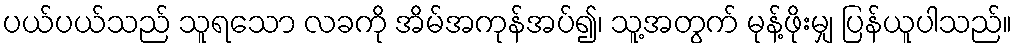
ပယ်ပယ်သည် သူရသော လခကို အိမ်အကုန်အပ်၍၊ သူ့အတွက် မုန့်ဖိုးမျှ ပြန်ယူပါသည်။